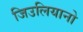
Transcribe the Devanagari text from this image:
जिउलियानो